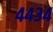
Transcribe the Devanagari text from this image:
४४३४